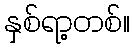
နှစ်ရာ့တစ်။